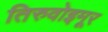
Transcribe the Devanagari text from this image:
तिरुवोइमूर